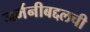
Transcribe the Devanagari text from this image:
जर्मनीबद्दलची